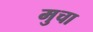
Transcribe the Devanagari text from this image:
मुचा